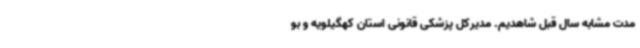
مدت مشابه سال قبل شاهدیم. مدیرکل پزشکی قانونی استان کهگیلویه و بو